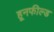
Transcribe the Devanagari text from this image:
हूनफील्ड